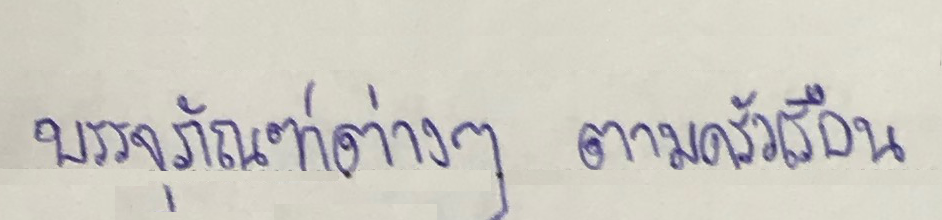
บรรจุภัณฑ์ต่าง ๆ ตามครัวเรือน